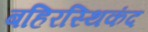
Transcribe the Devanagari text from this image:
बहिरस्थिकंद